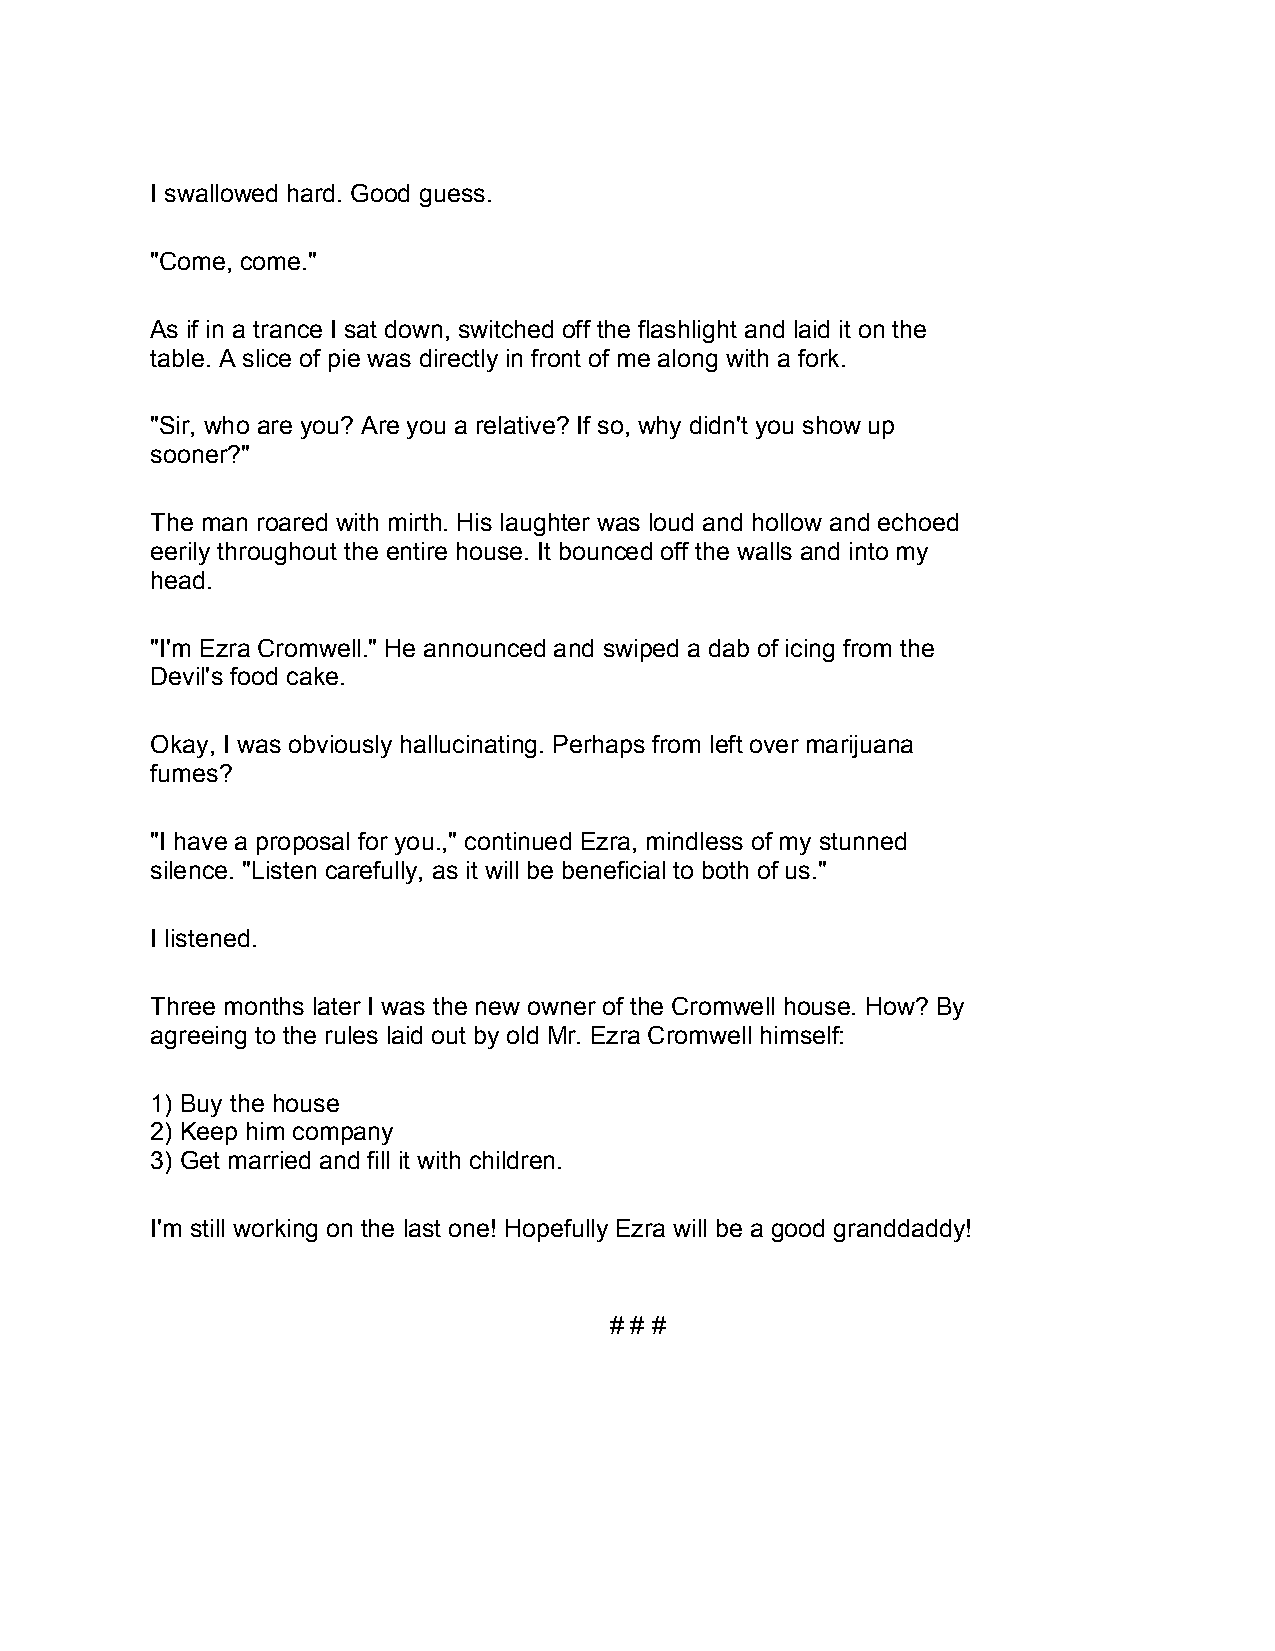
I swallowed hard. Good guess.
 "Come, come."
 As if in a trance I sat down, switched off the flashlight and laid it on the
 table. A slice of pie was directly in front of me along with a fork.
 "Sir, who are you? Are you a relative? If so, why didn't you show up
 sooner?"
 The man roared with mirth. His laughter was loud and hollow and echoed
 eerily throughout the entire house. It bounced off the walls and into my
 head.
 "I'm Ezra Cromwell." He announced and swiped a dab of icing from the
 Devil's food cake.
 Okay, I was obviously hallucinating. Perhaps from left over marijuana
 fumes?
 "I have a proposal for you.," continued Ezra, mindless of my stunned
 silence. "Listen carefully, as it will be beneficial to both of us."
 I listened.
 Three months later I was the new owner of the Cromwell house. How? By
 agreeing to the rules laid out by old Mr. Ezra Cromwell himself:
 1) Buy the house
 2) Keep him company
 3) Get married and fill it with children.
 I'm still working on the last one! Hopefully Ezra will be a good granddaddy!
 # # #